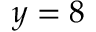
y = 8